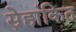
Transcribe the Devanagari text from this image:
स्नेहांकित